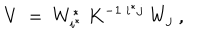
V ~ = ~ W _ { i ^ { * } } ^ { * } ~ K ^ { - 1 ~ { i ^ { * } } j } ~ W _ { j } ~ ,